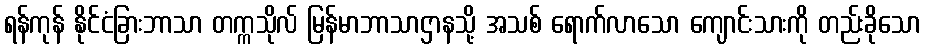
ရန်ကုန် နိုင်ငံခြားဘာသာ တက္ကသိုလ် မြန်မာဘာသာဌာနသို့ အသစ် ရောက်လာသော ကျောင်းသားကို တည်းခိုသော